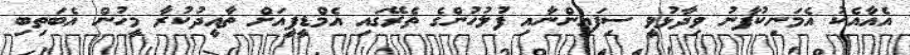
އެއާއެކު އެމަނިކުފާނު ވިދާޅުވީ ސިފައިންނާއި ފުލުހުންގެ ތެރޭގައި އެމްޑީޕީއަށް ތާއީދުކުރާ މީހުން އެބަތިބި